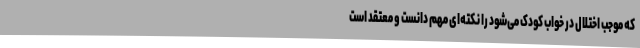
که موجب اختلال در خواب کودک می‌شود را نکته‌ای مهم دانست و معتقد است